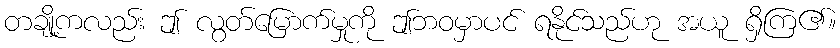
တချို့ကလည်း ဤ လွတ်မြောက်မှုကို ဤဘဝမှာပင် ရနိုင်သည်ဟု အယူ ရှိကြ၏။